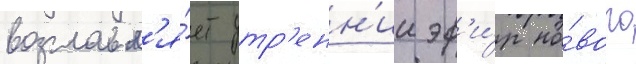
возглавл'я́ет утр'енн'ии эф'и́р но́вого